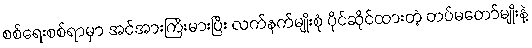
စစ်ရေးစစ်ရာမှာ အင်အားကြီးမားပြီး လက်နက်မျိုးစုံ ပိုင်ဆိုင်ထားတဲ့ တပ်မတော်မျိုးနဲ့